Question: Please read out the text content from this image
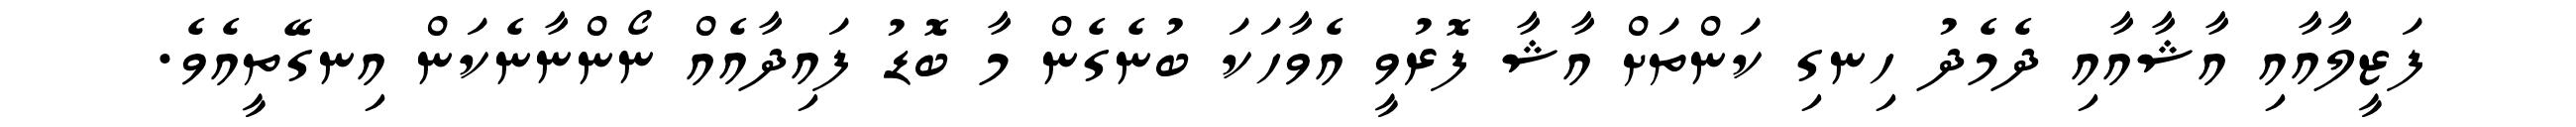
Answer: ފަޒީލާއާއި އާޝާއާއި ދެމެދު ހިނގި ކަންތަށް އާޝާ ފޮރުވީ އެވާހަކަ ބުނެގެން މާ ބޮޑު ފައިދާއެއް ނޯންނާނެކަން އިނގޭތީއެވެ.